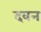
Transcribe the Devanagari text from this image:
दवन